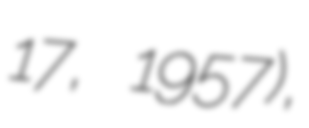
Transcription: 17, 1957),